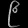
Digit: ၉